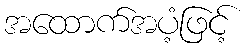
အထောက်အပံ့ဖြင့်